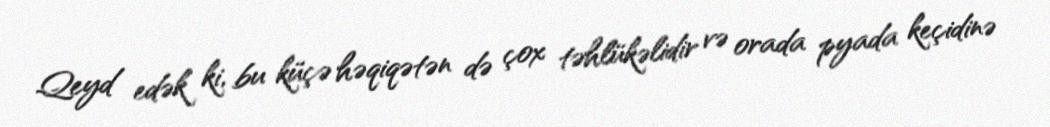
Qeyd edək ki, bu küçə həqiqətən də çox təhlükəlidir və orada pyada keçidinə